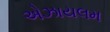
એઝાયલમ